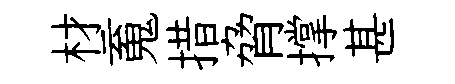
材䰟措脅撑甚